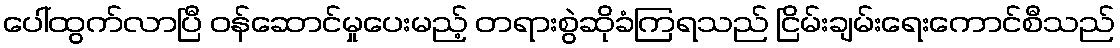
ပေါ်ထွက်လာပြီ ဝန်ဆောင်မှုပေးမည့် တရားစွဲဆိုခံကြရသည် ငြိမ်းချမ်းရေးကောင်စီသည်